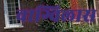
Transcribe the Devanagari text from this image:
वाग्विलास